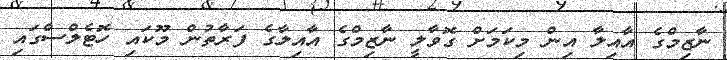
ނާޒިމްގެ އާއިލާ އިން މިކަމަށް ގޮވާލީ ނާޒިމްގެ އާއިލާގެ ފަރާތުން މޫކައި ހޮޓެލްސްގައި